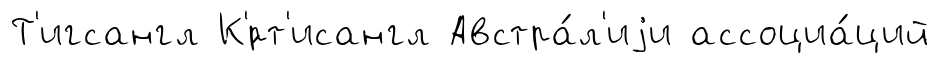
Т'игсангл К'́рт'исангл Австра́л'иjи ассоциа́ций